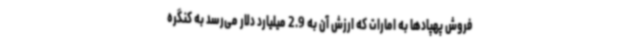
فروش پهپادها به امارات که ارزش آن به 2.9 میلیارد دلار می‌رسد به کنگره